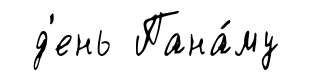
д'ень Пана́му